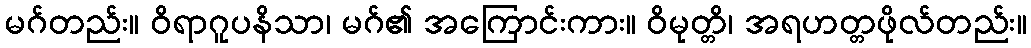
မဂ်တည်း။ ဝိရာဂူပနိသာ၊ မဂ်၏ အကြောင်းကား။ ဝိမုတ္တိ၊ အရဟတ္တဖိုလ်တည်း။